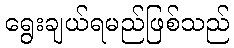
ရွေးချယ်ရမည်ဖြစ်သည်